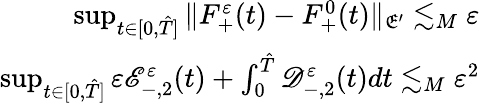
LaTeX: \begin{array}{r}{\operatorname*{sup}_{t\in[0,\hat{T}]}\| F_{+}^{\varepsilon}(t)-F_{+}^{0}(t)\| _{\mathfrak E^{\prime}}\lesssim_{M}\varepsilon}\\ {\operatorname*{sup}_{t\in[0,\hat{T}]}\varepsilon\mathscr E_{-,2}^{\varepsilon}(t)+\int_{0}^{\hat{T}}\mathscr D_{-,2}^{\varepsilon}(t)dt\lesssim_{M}\varepsilon^{2}}\end{array}